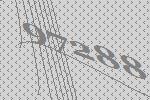
97288